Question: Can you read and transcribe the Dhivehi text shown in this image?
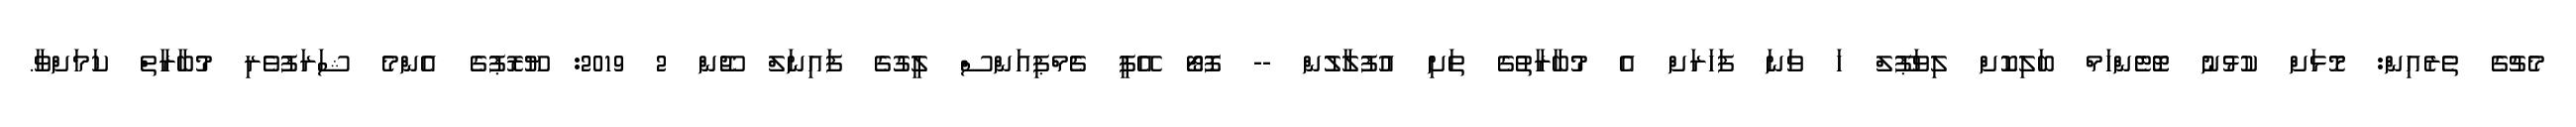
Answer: މެޗުގެ ތެރެއިން: މޮޅަށް ކުޅުނު ޓޮޓެންހަމް ބަލިކޮށް ލިވަޕޫލް ހަ ވަނަ ފަހަރަށް އެ މުބާރާތުގެ ތަށި އުފުލާލުން -- ފޮޓޯ އޭޕީ ޗެމްޕިއަންސް ލީގުގެ ފައިނަލް ޖޫން 2 2019: ޔޫރޮޕުގެ އެންމެ ޝަރަފުވެރި މުބާރާތް ކަމަށްވާ.